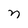
Character: n